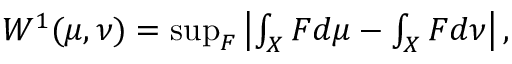
\begin{array} { r } { W ^ { 1 } ( \mu , \nu ) = \operatorname* { s u p } _ { F } \left| \int _ { X } F d \mu - \int _ { X } F d \nu \right| , } \end{array}